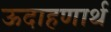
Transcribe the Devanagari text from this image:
ऊदाहणार्थ